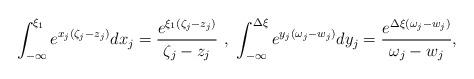
LaTeX: \begin{align*}\int_{-\infty}^{\xi_1}e^{x_j(\zeta_j-z_j)}dx_j=\frac{e^{\xi_1(\zeta_j-z_j)}}{\zeta_j-z_j}\,\,,\,\,\int_{-\infty}^{\Delta\xi}e^{y_j(\omega_j-w_j)}dy_j=\frac{e^{\Delta\xi(\omega_j-w_j)}}{\omega_j-w_j},\end{align*}